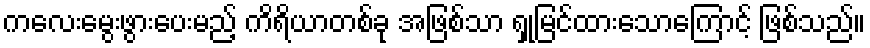
ကလေးမွေးဖွားပေးမည့် ကိရိယာတစ်ခု အဖြစ်သာ ရှုမြင်ထားသောကြောင့် ဖြစ်သည်။